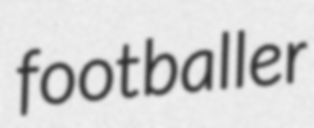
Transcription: footballer